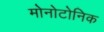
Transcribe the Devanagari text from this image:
मोनोटोनिक